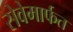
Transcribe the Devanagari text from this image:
सेवेमार्फत